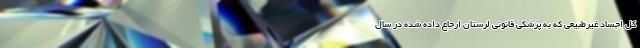
کل اجساد غیرطبیعی که به پزشکی قانونی لرستان ارجاع داده شده در سال